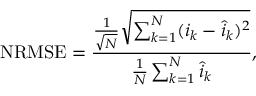
\mathrm { N R M S E } = \frac { \frac { 1 } { \sqrt { N } } \sqrt { \sum _ { k = 1 } ^ { N } ( i _ { k } - \hat { i } _ { k } ) ^ { 2 } } } { \frac 1 N \sum _ { k = 1 } ^ { N } \hat { i } _ { k } } ,